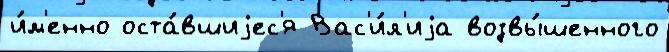
и́м'енно оста́вшиjес'я Вас'и́л'иjа возвы́шенного